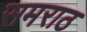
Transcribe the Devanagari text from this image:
समराठ